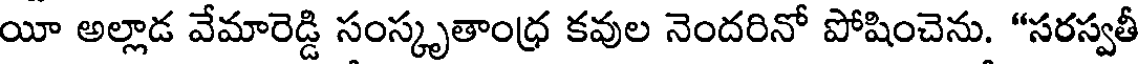
యీ అల్లాడ వేమారెడ్డి సంస్కృతాంధ్ర కవుల నెందరినో పోషించెను. "సరస్వతీ